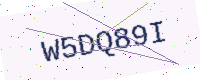
Text: W5DQ89I